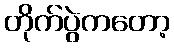
တိုက်ပွဲကတော့